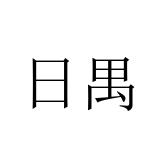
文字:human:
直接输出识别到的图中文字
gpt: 日禺